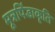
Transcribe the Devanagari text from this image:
मूत्रपिंडाकृति